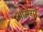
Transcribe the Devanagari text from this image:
ओमेंगा